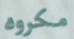
مكروه